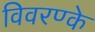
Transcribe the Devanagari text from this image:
विवरण्के